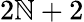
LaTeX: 2\mathbb{N}+2